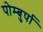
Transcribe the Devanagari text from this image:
पोम्बुर्पा